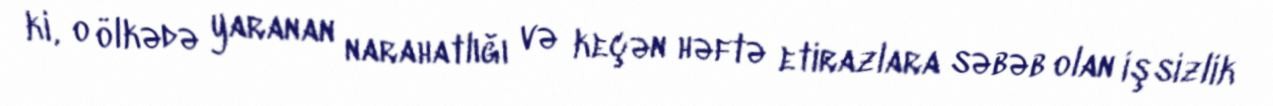
ki, o ölkədə yaranan narahatlığı və keçən həftə etirazlara səbəb olan işsizlik